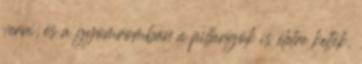
verni, és a gyomromban a pillangók is életre keltek,